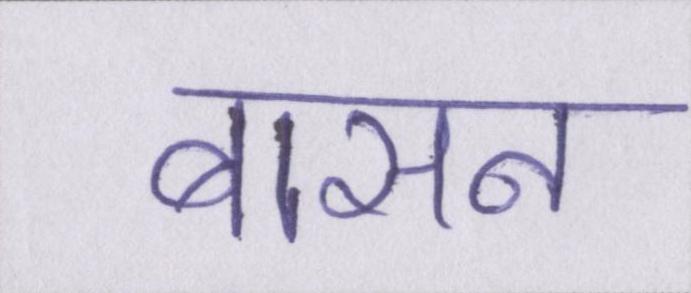
बासन